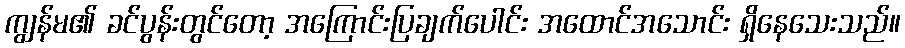
ကျွန်မ၏ ခင်ပွန်းတွင်တော့ အကြောင်းပြချက်ပေါင်း အထောင်အသောင်း ရှိနေသေးသည်။